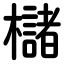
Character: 櫧